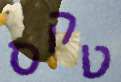
טקס